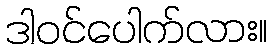
ဒါဝင်ပေါက်လား။